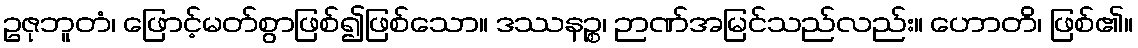
ဥဇုဘူတံ၊ ဖြောင့်မတ်စွာဖြစ်၍ဖြစ်သော။ ဒဿနဉ္စ၊ ဉာဏ်အမြင်သည်လည်း။ ဟောတိ၊ ဖြစ်၏။